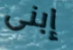
إبنى